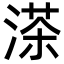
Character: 𦴶